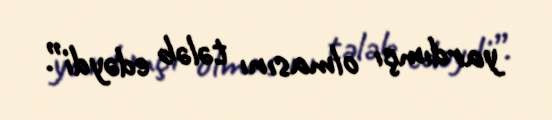
yardımçı olmasını tələb edəydi”.